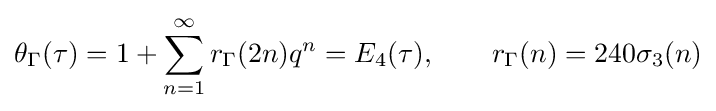
\theta _{\Gamma }(\tau )=1+\sum _{n=1}^{\infty }r_{\Gamma }(2n)q^{n}=E_{4}(\tau ),\qquad r_{\Gamma }(n)=240\sigma _{3}(n)